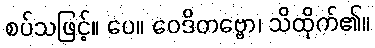
စပ်သဖြင့်။ ပေ။ ဝေဒိတဗ္ဗော၊ သိထိုက်၏။